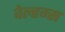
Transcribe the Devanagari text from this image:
वेल्हम्स